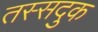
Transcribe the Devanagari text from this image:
तस्सदुक